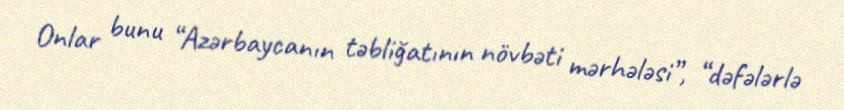
Onlar bunu “Azərbaycanın təbliğatının növbəti mərhələsi”, “dəfələrlə